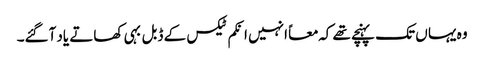
وہ یہا ں تک پہنچے تھے کہ معاً انہیں انکم ٹیکس کے ڈبل بہی کھاتے یاد آگئے۔